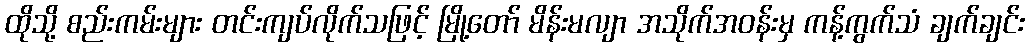
ထိုသို့ စည်းကမ်းများ တင်းကျပ်လိုက်သဖြင့် မြို့တော် မိန်းမလျာ အသိုက်အဝန်းမှ ကန့်ကွက်သံ ချက်ချင်း